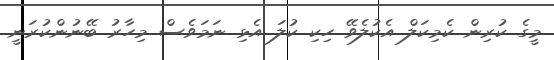
މީގެ ކުރިން ކެމިކަލް އެކުލެވޭ ހިކި ކުލަ އެޅި ނަމަވެސް މިހާރު ބޭނުންކުރަނީ